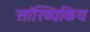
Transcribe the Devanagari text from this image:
सांख्यिकिय